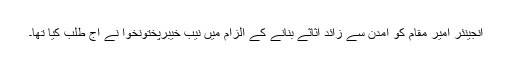
انجینئر امیر مقام کو آمدن سے زائد اثاثے بنانے کے الزام میں نیب خیبرپختونخوا نے آج طلب کیا تھا۔